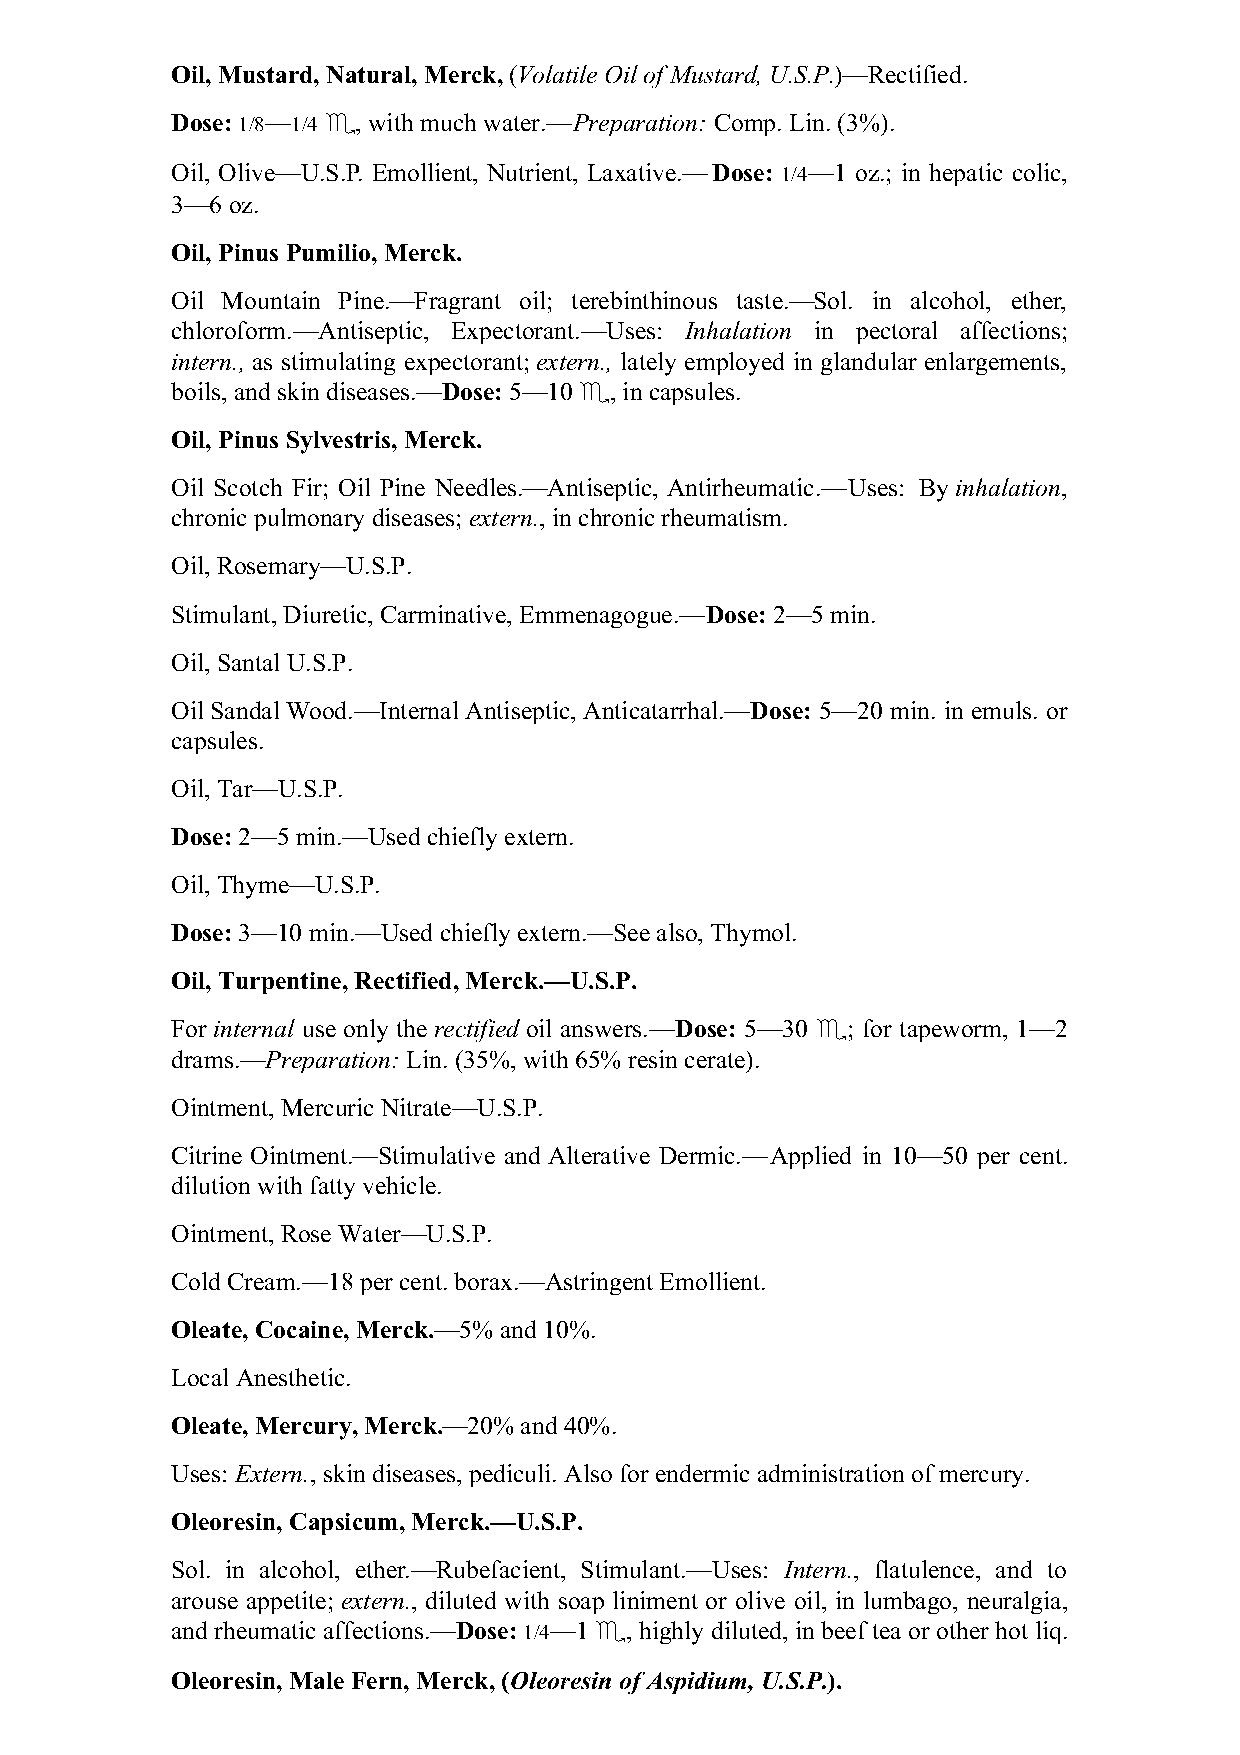
Oil, Mustard, Natural, Merck, (Volatile Oil of Mustard, U.S.P.)—Rectified.
 Dose: 1/8—1/4 ♏, with much water.—Preparation: Comp. Lin. (3%).
 Oil, Olive—U.S.P. Emollient, Nutrient, Laxative.—Dose: 1/4—1 oz.; in hepatic colic,
 3—6 oz.
 Oil, Pinus Pumilio, Merck.
 Oil Mountain Pine.—Fragrant oil; terebinthinous taste.—Sol. in alcohol, ether,
 chloroform.—Antiseptic, Expectorant.—Uses: Inhalation in pectoral affections;
 intern., as stimulating expectorant; extern., lately employed in glandular enlargements,
 boils, and skin diseases.—Dose: 5—10 ♏, in capsules.
 Oil, Pinus Sylvestris, Merck.
 Oil Scotch Fir; Oil Pine Needles.—Antiseptic, Antirheumatic.—Uses: By inhalation,
 chronic pulmonary diseases; extern., in chronic rheumatism.
 Oil, Rosemary—U.S.P.
 Stimulant, Diuretic, Carminative, Emmenagogue.—Dose: 2—5 min.
 Oil, Santal U.S.P.
 Oil Sandal Wood.—Internal Antiseptic, Anticatarrhal.—Dose: 5—20 min. in emuls. or
 capsules.
 Oil, Tar—U.S.P.
 Dose: 2—5 min.—Used chiefly extern.
 Oil, Thyme—U.S.P.
 Dose: 3—10 min.—Used chiefly extern.—See also, Thymol.
 Oil, Turpentine, Rectified, Merck.—U.S.P.
 For internal use only the rectified oil answers.—Dose: 5—30 ♏; for tapeworm, 1—2
 drams.—Preparation: Lin. (35%, with 65% resin cerate).
 Ointment, Mercuric Nitrate—U.S.P.
 Citrine Ointment.—Stimulative and Alterative Dermic.—Applied in 10—50 per cent.
 dilution with fatty vehicle.
 Ointment, Rose Water—U.S.P.
 Cold Cream.—18 per cent. borax.—Astringent Emollient.
 Oleate, Cocaine, Merck.—5% and 10%.
 Local Anesthetic.
 Oleate, Mercury, Merck.—20% and 40%.
 Uses: Extern., skin diseases, pediculi. Also for endermic administration of mercury.
 Oleoresin, Capsicum, Merck.—U.S.P.
 Sol. in alcohol, ether.—Rubefacient, Stimulant.—Uses: Intern., flatulence, and to
 arouse appetite; extern., diluted with soap liniment or olive oil, in lumbago, neuralgia,
 and rheumatic affections.—Dose: 1/4—1 ♏, highly diluted, in beef tea or other hot liq.
 Oleoresin, Male Fern, Merck, (Oleoresin of Aspidium, U.S.P.).